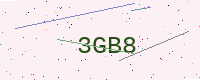
Text: 3GB8